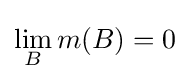
\lim _{B}m(B)=0